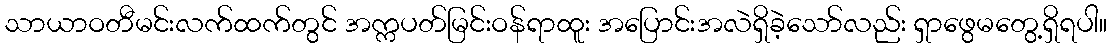
သာယာဝတီမင်းလက်ထက်တွင် အက္ကပတ်မြင်းဝန်ရာထူး အပြောင်းအလဲရှိခဲ့သော်လည်း ရှာဖွေမတွေ့ရှိရပါ။